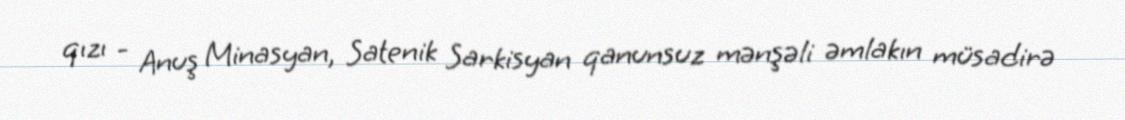
qızı - Anuş Minasyan, Satenik Sarkisyan qanunsuz mənşəli əmlakın müsadirə